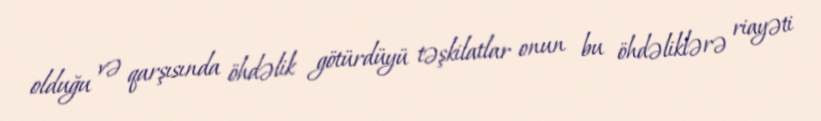
olduğu və qarşısında öhdəlik götürdüyü təşkilatlar onun bu öhdəliklərə riayəti